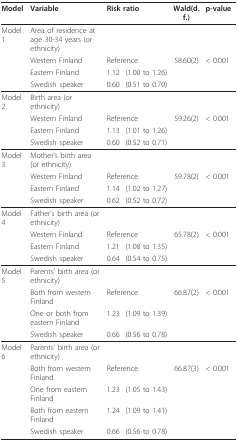
<table><thead><tr><td><b>Model</b></td><td><b>Variable</b></td><td colspan="2"><b>Risk ratio</b></td><td><b>Wald(d.f.)</b></td><td><b>p-value</b></td></tr></thead><tbody><tr><td>Model 1</td><td>Area of residence at age 30-34 years (or ethnicity)</td><td></td><td></td><td></td><td></td></tr><tr><td></td><td>Western Finland</td><td colspan="2">Reference</td><td>58.60(2)</td><td>&lt; 0.001</td></tr><tr><td></td><td>Eastern Finland</td><td>1.12</td><td>(1.00 to 1.26)</td><td></td><td></td></tr><tr><td></td><td>Swedish speaker</td><td>0.60</td><td>(0.51 to 0.70)</td><td></td><td></td></tr><tr><td>Model 2</td><td>Birth area (or ethnicity)</td><td></td><td></td><td></td><td></td></tr><tr><td></td><td>Western Finland</td><td colspan="2">Reference</td><td>59.26(2)</td><td>&lt; 0.001</td></tr><tr><td></td><td>Eastern Finland</td><td>1.13</td><td>(1.01 to 1.26)</td><td></td><td></td></tr><tr><td></td><td>Swedish speaker</td><td>0.60</td><td>(0.52 to 0.71)</td><td></td><td></td></tr><tr><td>Model 3</td><td>Mother&#x27;s birth area (or ethnicity)</td><td></td><td></td><td></td><td></td></tr><tr><td></td><td>Western Finland</td><td colspan="2">Reference</td><td>59.78(2)</td><td>&lt; 0.001</td></tr><tr><td></td><td>Eastern Finland</td><td>1.14</td><td>(1.02 to 1.27)</td><td></td><td></td></tr><tr><td></td><td>Swedish speaker</td><td>0.62</td><td>(0.52 to 0.72)</td><td></td><td></td></tr><tr><td>Model 4</td><td>Father&#x27;s birth area (or ethnicity)</td><td></td><td></td><td></td><td></td></tr><tr><td></td><td>Western Finland</td><td colspan="2">Reference</td><td>65.78(2)</td><td>&lt; 0.001</td></tr><tr><td></td><td>Eastern Finland</td><td>1.21</td><td>(1.08 to 1.35)</td><td></td><td></td></tr><tr><td></td><td>Swedish speaker</td><td>0.64</td><td>(0.54 to 0.75)</td><td></td><td></td></tr><tr><td>Model 5</td><td>Parents&#x27; birth area (or ethnicity)</td><td></td><td></td><td></td><td></td></tr><tr><td></td><td>Both from western Finland</td><td colspan="2">Reference</td><td>66.87(2)</td><td>&lt; 0.001</td></tr><tr><td></td><td>One or both from eastern Finland</td><td>1.23</td><td>(1.09 to 1.39)</td><td></td><td></td></tr><tr><td></td><td>Swedish speaker</td><td>0.66</td><td>(0.56 to 0.78)</td><td></td><td></td></tr><tr><td>Model 6</td><td>Parents&#x27; birth area (or ethnicity)</td><td></td><td></td><td></td><td></td></tr><tr><td></td><td>Both from western Finland</td><td colspan="2">Reference</td><td>66.87(3)</td><td>&lt; 0.001</td></tr><tr><td></td><td>One from eastern Finland</td><td>1.23</td><td>(1.05 to 1.43)</td><td></td><td></td></tr><tr><td></td><td>Both from eastern Finland</td><td>1.24</td><td>(1.09 to 1.41)</td><td></td><td></td></tr><tr><td></td><td>Swedish speaker</td><td>0.66</td><td>(0.56 to 0.78)</td><td></td><td></td></tr></tbody></table>